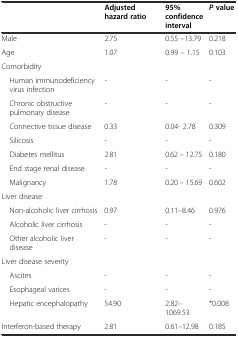
<table><thead><tr><td></td><td><b>Adjusted hazard ratio</b></td><td><b>95% confidence interval</b></td><td><b><i>P</i> value</b></td></tr></thead><tbody><tr><td>Male</td><td>2.75</td><td>0.55 –13.79</td><td>0.218</td></tr><tr><td>Age</td><td>1.07</td><td>0.99 – 1.15</td><td>0.103</td></tr><tr><td>Comorbidity</td><td></td><td></td><td></td></tr><tr><td> Human immunodeficiency virus infection</td><td>-</td><td>-</td><td>-</td></tr><tr><td> Chronic obstructive pulmonary disease</td><td>-</td><td>-</td><td>-</td></tr><tr><td> Connective tissue disease</td><td>0.33</td><td>0.04- 2.78</td><td>0.309</td></tr><tr><td> Silicosis</td><td>-</td><td>-</td><td>-</td></tr><tr><td> Diabetes mellitus</td><td>2.81</td><td>0.62 – 12.75</td><td>0.180</td></tr><tr><td> End stage renal disease</td><td>-</td><td>-</td><td>-</td></tr><tr><td> Malignancy</td><td>1.78</td><td>0.20 – 15.69</td><td>0.602</td></tr><tr><td>Liver disease</td><td></td><td></td><td></td></tr><tr><td> Non-alcoholic liver cirrhosis</td><td>0.97</td><td>0.11–8.46</td><td>0.976</td></tr><tr><td> Alcoholic liver cirrhosis</td><td>-</td><td>-</td><td>-</td></tr><tr><td> Other alcoholic liver disease</td><td>-</td><td>-</td><td>-</td></tr><tr><td>Liver disease severity</td><td></td><td></td><td></td></tr><tr><td> Ascites</td><td>-</td><td>-</td><td>-</td></tr><tr><td> Esophageal varices</td><td>-</td><td>-</td><td>-</td></tr><tr><td> Hepatic encephalopathy</td><td>54.90</td><td>2.82–1069.53</td><td>*0.008</td></tr><tr><td>Interferon-based therapy</td><td>2.81</td><td>0.61–12.98</td><td>0.185</td></tr></tbody></table>